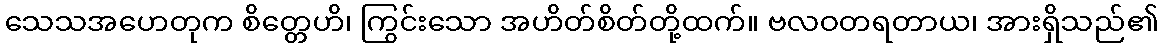
သေသအဟေတုက စိတ္တေဟိ၊ ကြွင်းသော အဟိတ်စိတ်တို့ထက်။ ဗလဝတရတာယ၊ အားရှိသည်၏